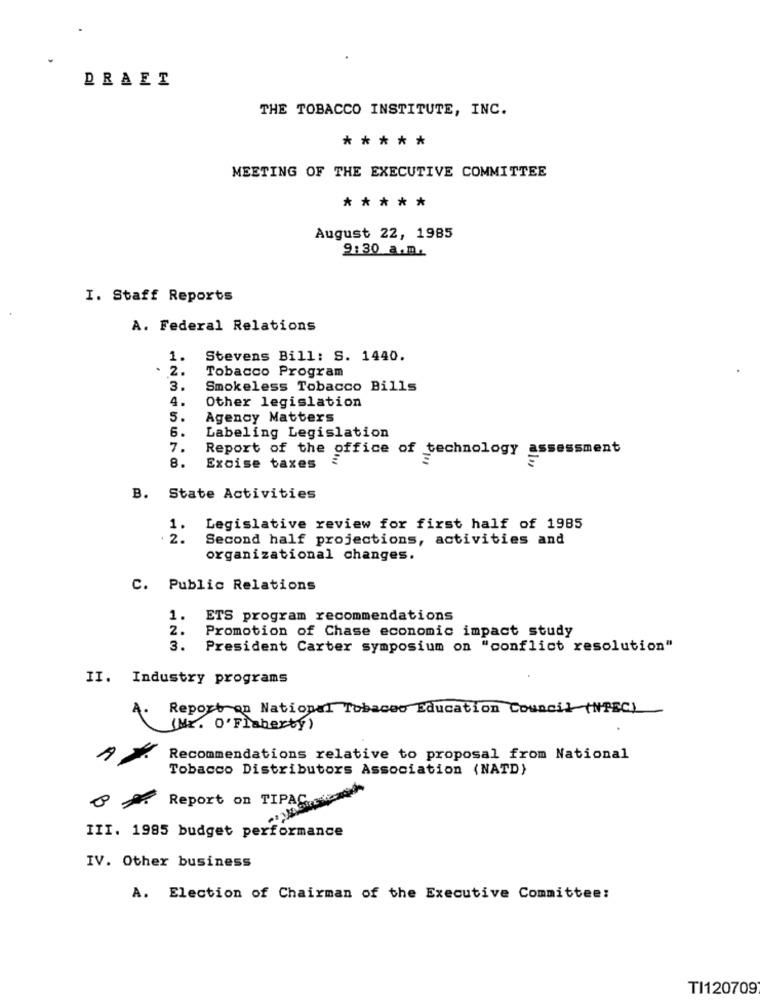
DRAET
THE TOBACCO INSTITUTE, INC.
*****
MEETING OF THE EXECUTIVE COMMITTEE
*****
August 22, 1985
9:30 a.m.
I. Staff Reports
A. Federal Relations
1.
Stevens Bill: S. 1440.
.
2.
Tobacco Program
3.
Smokeless Tobacco Bills
4.
Other legislation
5.
Agency Matters
6.
Labeling Legislation
7.
Report of the office of technology assessment
8.
Excise taxes
B. State Activities
1.
Legislative review for first half of 1985
2.
Second half projections, activities and
organizational changes.
C. Public Relations
1. ETS program recommendations
2.
Promotion of Chase economic impact study
3.
President Carter symposium on "conflict resolution"
II. Industry programs
4.
Reporton National Tobacco Education Council (NPEC)
(Mr. O'Flaherty)
Recommendations relative to proposal from National
Tobacco Distributors Association (NATD}
Report on TIPAC ...
III. 1985 budget performance
IV. Other business
A. Election of Chairman of the Executive Committee:
TI120709